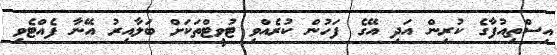
އިސްތިއުފާގެ ކުރިން އަދި އޭގެ ފަހުން ކުރެއްވި ޓުވީޓްތަކަށް ބަލާއިރު އޭނާ ފެއްޓެވި